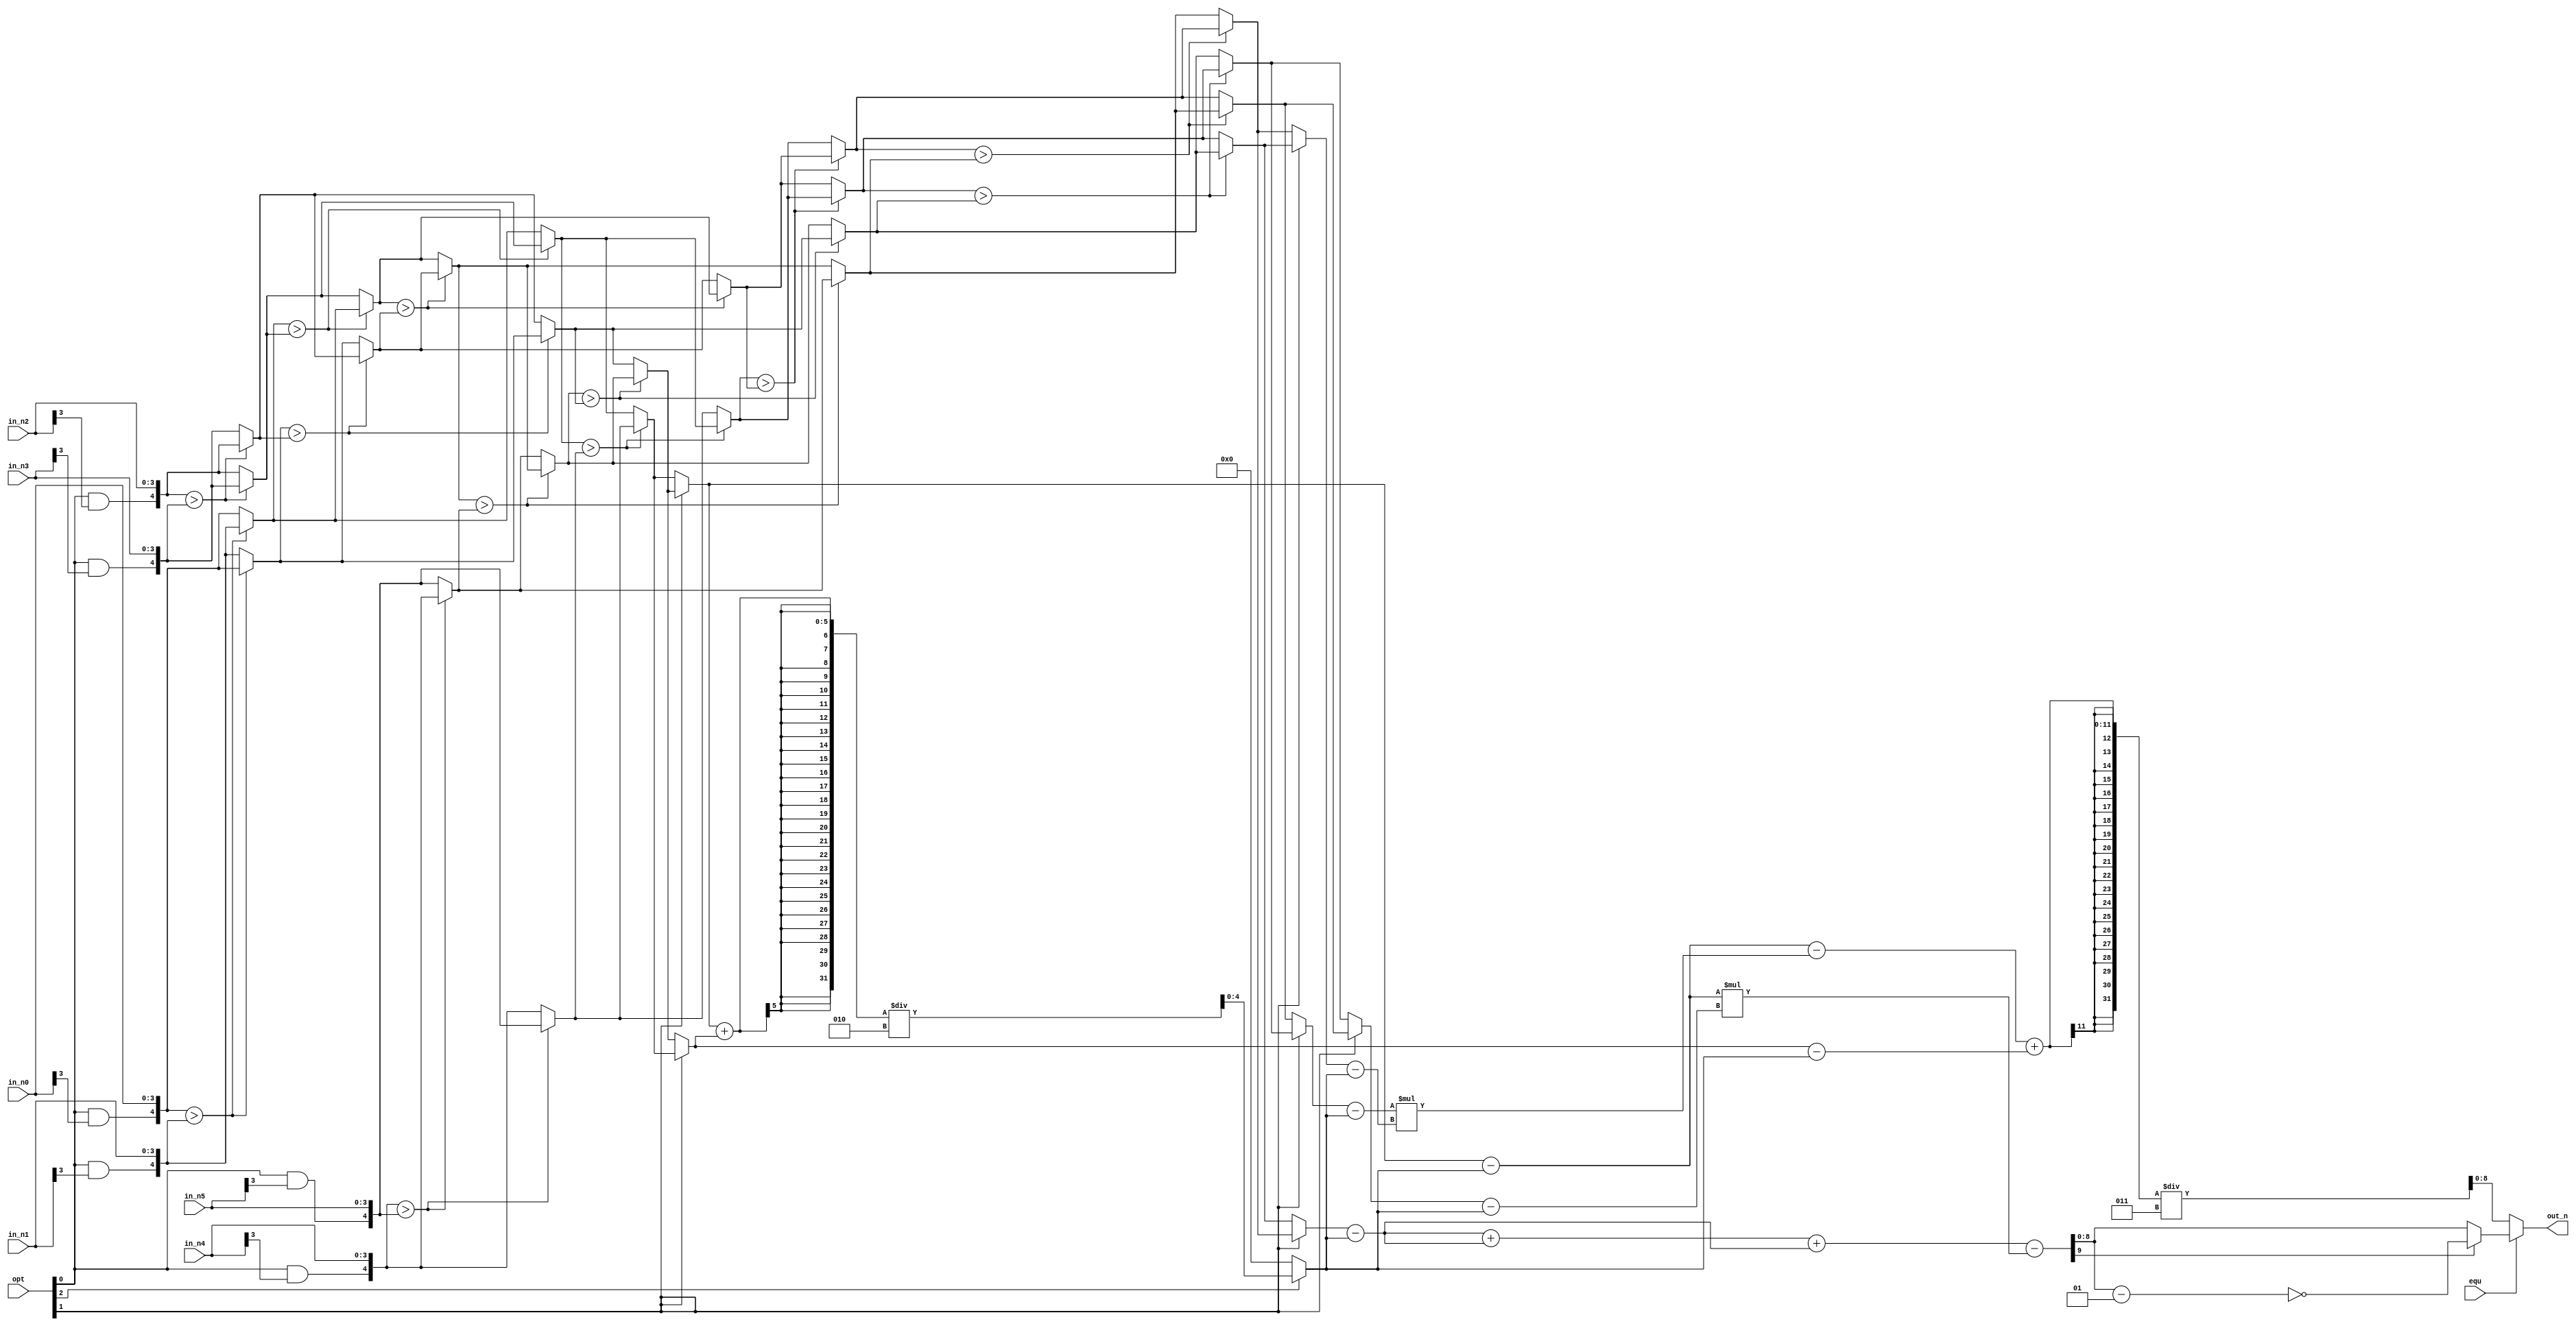
module CC(
	in_n0,
	in_n1, 
	in_n2, 
	in_n3, 
    in_n4, 
	in_n5, 
	opt,
    equ,
	out_n
);
//================================================================
//    INPUT AND OUTPUT DECLARATION                         
//================================================================
input [3:0] in_n0, in_n1, in_n2, in_n3, in_n4, in_n5;
input [2:0] opt;
input equ;

output reg[8:0] out_n;
//================================================================
//    Wire & Registers 
//================================================================

// signed/unsigned
reg signed [4:0] n0, n1, n2, n3, n4, n5;

// merge sort
reg signed [4:0] a0, a1, a2, a3, a4, a5;
reg signed [4:0] b0, b1, b2, b3;
reg signed [4:0] c0, c1, c2, c3;
reg signed [4:0] d0, d1;
reg signed [4:0] e0, e1, e2, e3;
reg signed [4:0] f0, f1, f2, f3;
reg signed [4:0] sort0, sort1, sort2, sort3, sort4, sort5;

// normalization
reg signed [4:0] avg;
reg signed [4:0] norm0, norm1, norm2, norm3, norm4, norm5;

// equation
reg signed [9:0] equ1;

//================================================================
//    DESIGN
//================================================================

// signed/unsigned
always@* begin	
	n0 = {opt[0]&in_n0[3], in_n0};
	n1 = {opt[0]&in_n1[3], in_n1};
	n2 = {opt[0]&in_n2[3], in_n2};
	n3 = {opt[0]&in_n3[3], in_n3};
	n4 = {opt[0]&in_n4[3], in_n4};
	n5 = {opt[0]&in_n5[3], in_n5};	
end

// merge sort 1st level
always@* begin
	if(n0>n1) begin
		a0 = n1;
		a1 = n0;
	end
	else begin
		a0 = n0;
		a1 = n1;
	end
	
	if(n2>n3) begin
		a2 = n3;
		a3 = n2;
	end
	else begin
		a2 = n2;
		a3 = n3;
	end
	
	if(n4>n5) begin
		a4 = n5;
		a5 = n4;
	end
	else begin
		a4 = n4;
		a5 = n5;
	end
end

// merge sort 2nd level
always@* begin
	if(a0>a2) begin
		b0 = a2;
		b1 = a0;
	end
	else begin
		b0 = a0;
		b1 = a2;
	end
	
	if(a1>a3) begin
		b2 = a3;
		b3 = a1;
	end
	else begin
		b2 = a1;
		b3 = a3;
	end
end

// merge sort 3rd level
always@* begin
	if(b0>a4) begin
		c0 = a4;
		c1 = b0;
	end
	else begin
		c0 = b0;
		c1 = a4;
	end
	
	if(b1>b2) begin
		c2 = b2;
		c3 = b1;
	end
	else begin
		c2 = b1;
		c3 = b2;
	end
end

// merge sort 4th level
always@* begin
	if(c2>a5) begin
		d0 = a5;
		d1 = c2;
	end
	else begin
		d0 = c2;
		d1 = a5;
	end
end

// merge sort 5th level
always@* begin
	if(c1>c3) begin
		e0 = c3;
		e1 = c1;
	end
	else begin
		e0 = c1;
		e1 = c3;
	end
	
	if(d1>b3) begin
		e2 = b3;
		e3 = d1;
	end
	else begin
		e2 = d1;
		e3 = b3;
	end
end

// merge sort 6th level
always@* begin
	if(e0>d0) begin
		f0 = d0;
		f1 = e0;
	end
	else begin
		f0 = e0;
		f1 = d0;
	end
	
	if(e1>e2) begin
		f2 = e2;
		f3 = e1;
	end
	else begin
		f2 = e1;
		f3 = e2;
	end
end

// sort in descending order or ascending order
always@* begin 
	if(opt[1]==1'b1) begin
		sort0 = e3;
		sort1 = f3;
		sort2 = f2;
		sort3 = f1;
		sort4 = f0;
		sort5 = c0;
	end
	else begin
		sort0 = c0;
		sort1 = f0;
		sort2 = f1;
		sort3 = f2;
		sort4 = f3;
		sort5 = e3;
	end
end

// normalization
always@* begin
	//avg = (sort0+sort5) >>> 1;
	if(opt[2]==1'b1) begin
		avg = (sort0+sort5)/2;
	end
	else begin
		avg = 0;
	end
	
	norm0 = sort0 - avg;
	norm1 = sort1 - avg;
	norm2 = sort2 - avg;
	norm3 = sort3 - avg;
	norm4 = sort4 - avg;
	norm5 = sort5 - avg;
end

// equation calculation
always@* begin
	if(equ==1'b1) begin
		equ1 = (norm3+norm3+norm3-norm0*norm4);
		if(equ1[9]==1) begin
			out_n = ~(equ1-1);
		end
		else begin
			out_n = equ1;
		end
	end
	else begin
		out_n = (norm0-norm1*norm2+norm5)/3;
	end
end

endmodule